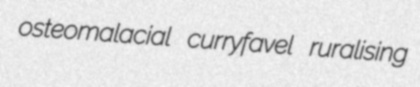
osteomalacial curryfavel ruralising